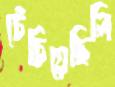
চেঁচিয়েছিলি